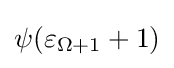
\psi (\varepsilon _{\Omega +1}+1)